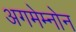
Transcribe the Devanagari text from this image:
अगमेम्नोन